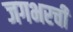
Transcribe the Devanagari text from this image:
जगभरची